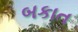
બકાત